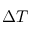
\Delta T